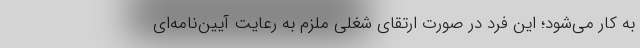
به کار می‌شود؛ این فرد در صورت ارتقای شغلی ملزم به رعایت آیین‌نامه‌ای